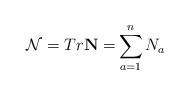
LaTeX: \begin{align*}\mathcal{N}=Tr\mathbf{N=}\sum_{a=1}^{n}N_{a} \end{align*}